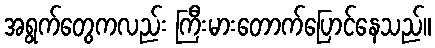
အရွက်တွေကလည်း ကြီးမားတောက်ပြောင်နေသည်။